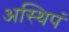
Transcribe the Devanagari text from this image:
अस्थिपं